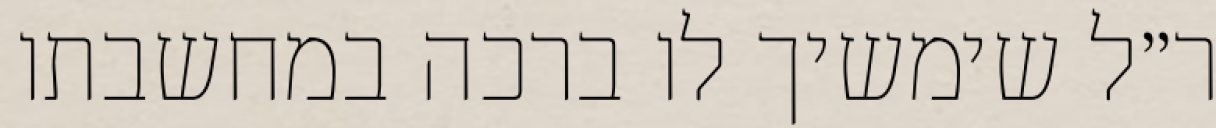
ר״ל שימשיך לו ברכה במחשבתו